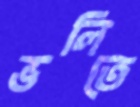
ভলিতে